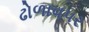
ઢોળાવપર